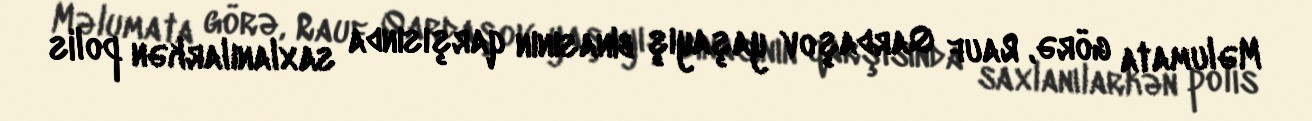
Məlumata görə, Rauf Qardaşov yaşayış binasının qarşısında saxlanılarkən polis